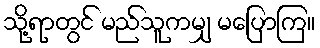
သို့ရာတွင် မည်သူကမျှ မပြောကြ။